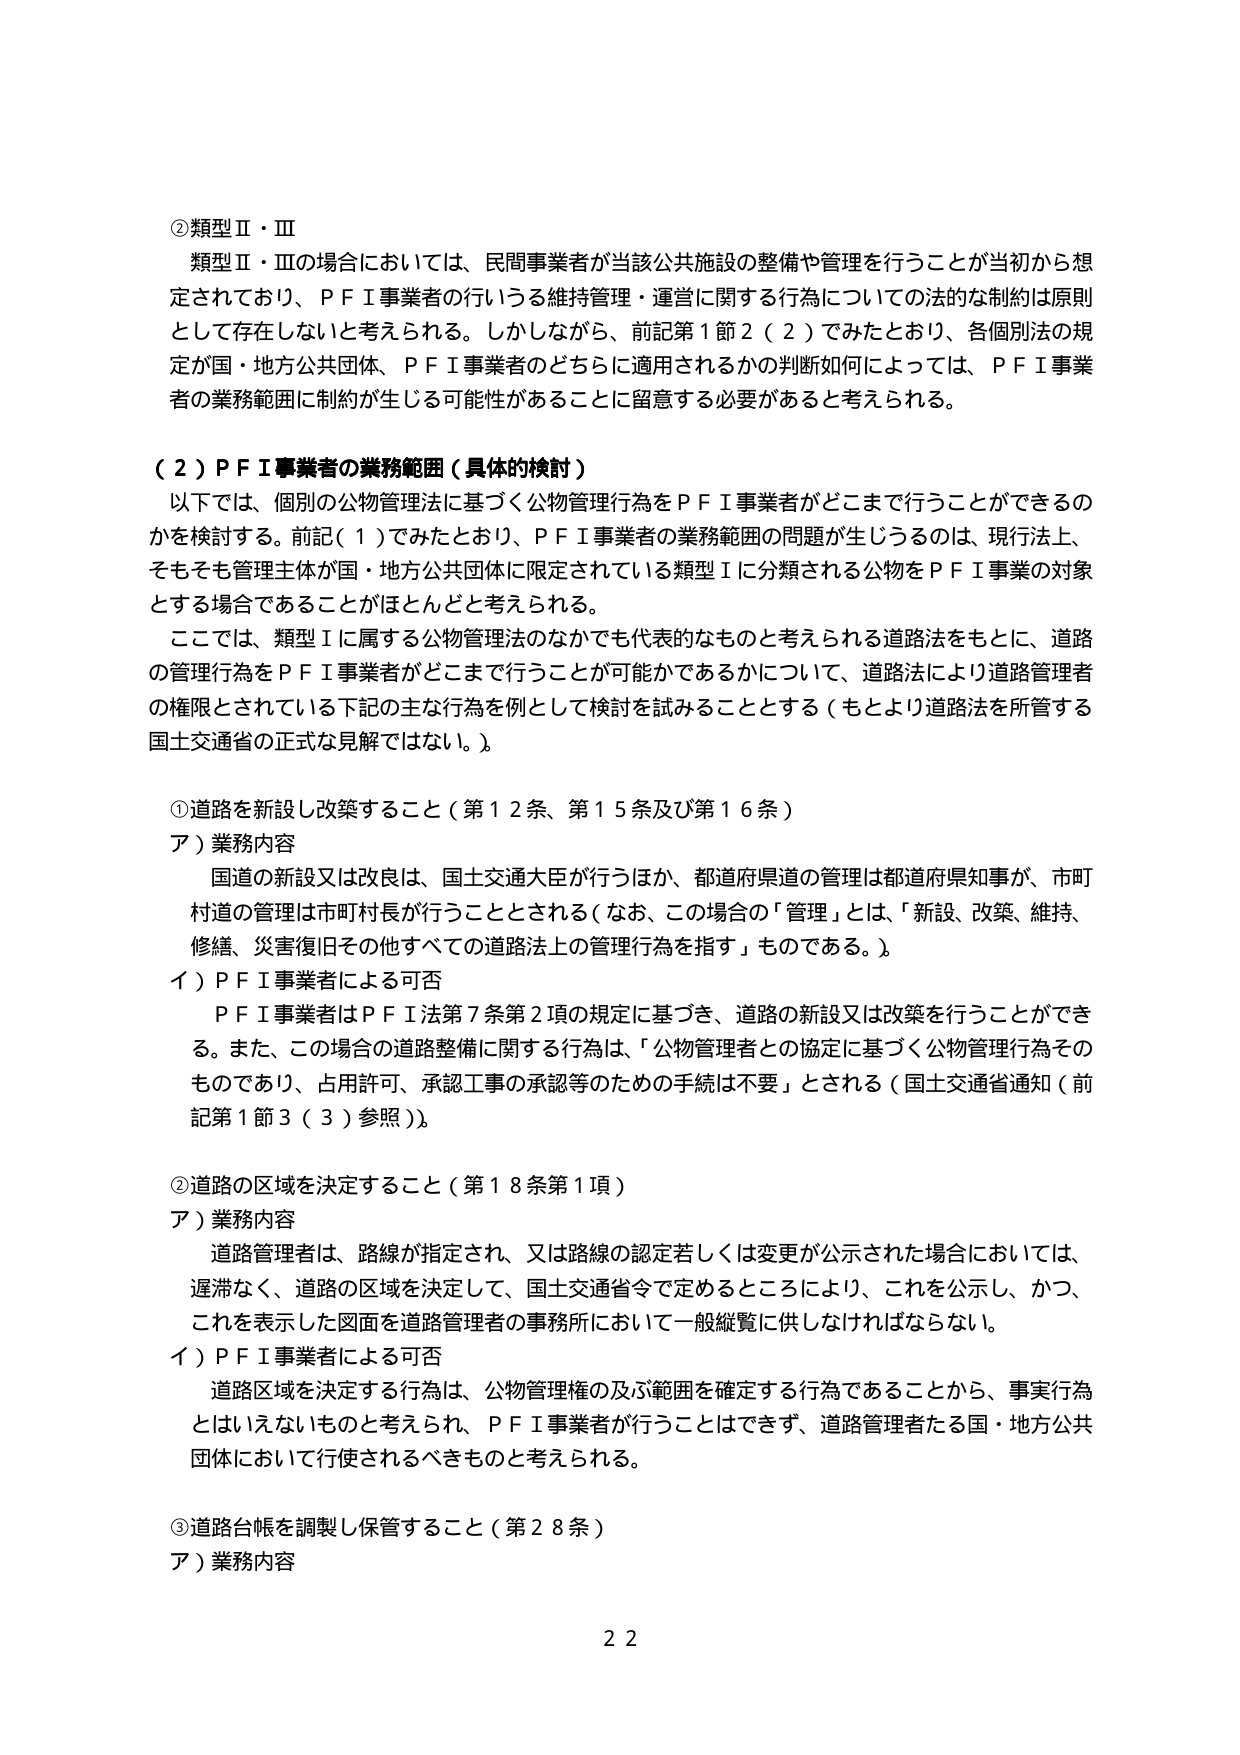
②類型Ⅱ・Ⅲ
類型Ⅱ・Ⅲの場合においては、民間事業者が当該公共施設の整備や管理を行うことが当初から想定されており、ＰＦＩ事業者の行うる維持管理・運営に関する行為についての法的な制約は原則として存在しないと考えられる。しかしながら、前記第１節２（２）でみたとおり、各個別法の規定が国・地方公共団体、ＰＦＩ事業者のどちらに適用されるかの判断如何によっては、ＰＦＩ事業者の業務範囲に制約が生じる可能性があることに留意する必要があると考えられる。

（２）ＰＦＩ事業者の業務範囲（具体的検討）
以下では、個別の公物管理法に基づく公物管理行為をＰＦＩ事業者がどこまで行うことができるのかを検討する。前記（１）でみたとおり、ＰＦＩ事業者の業務範囲の問題が生じるのは、現行法上、そもそも管理主体が国・地方公共団体に限定されている類型Ⅰに分類される公物をＰＦＩ事業の対象とする場合であることがほとんどと考えられる。
ここでは、類型Ⅰに属する公物管理法のなかでも代表的なものと考えられる道路法をもとに、道路の管理行為をＰＦＩ事業者がどこまで行うことが可能かであるかについて、道路法により道路管理者の権限とされている下記の主な行為を例として検討を試みることとする（もとより道路法を所管する国土交通省の正式な見解ではない。）。

①道路を新設し改築すること（第１２条、第１５条及び第１６条）
ア）業務内容
国道の新設又は改良は、国土交通大臣が行うほか、都道府県道の管理は都道府県知事が、市町村道の管理は市町村長が行うこととされる（なお、この場合の「管理」とは、「新設、改築、維持、修繕、災害復旧その他すべての道路法上の管理行為を指す」ものである。）。
イ）ＰＦＩ事業者による可否
ＰＦＩ事業者はＰＦＩ法第７条第２項の規定に基づき、道路の新設又は改築を行うことができる。また、この場合の道路整備に関する行為は、「公物管理者との協定に基づく公物管理行為そのものであり、占用許可、承認工事の承認等のための手続は不要」とされる（国土交通省通知（前記第１節３（３）参照））。

②道路の区域を決定すること（第１８条第１項）
ア）業務内容
道路管理者は、路線が指定され、又は路線の認定若しくは変更が公示された場合においては、遅滞なく、道路の区域を決定して、国土交通省令で定めるところにより、これを公示し、かつ、これを表示した図面を道路管理者の事務所において一般縦覧に供しなければならない。
イ）ＰＦＩ事業者による可否
道路区域を決定する行為は、公物管理権の及ぶ範囲を確定する行為であることから、事実行為とはいえないものと考えられ、ＰＦＩ事業者が行うことはできず、道路管理者たる国・地方公共団体において行使されるべきものと考えられる。

③道路台帳を調製し保管すること（第２８条）
ア）業務内容

２２